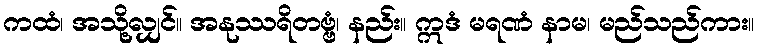
ကထံ၊ အသို့လျှင်။ အနုဿရိတဗ္ဗံ၊ နည်း။ ဣဒံ မရဏံ နာမ၊ မည်သည်ကား။